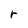
Character: r